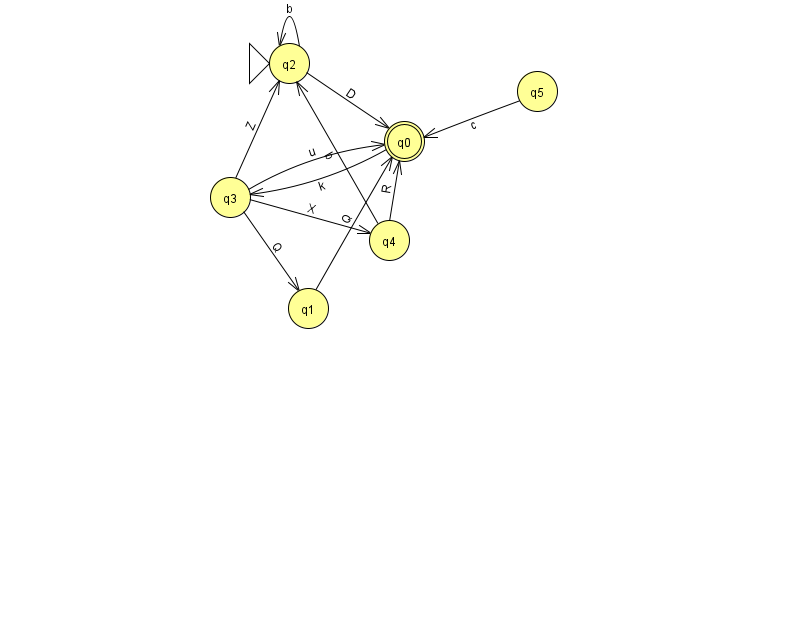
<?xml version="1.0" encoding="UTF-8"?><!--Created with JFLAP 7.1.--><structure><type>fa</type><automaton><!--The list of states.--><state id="0" name="q0"><x>404.0</x><y>128.0</y><final/></state><state id="1" name="q1"><x>308.0</x><y>295.0</y></state><state id="2" name="q2"><x>289.0</x><y>50.0</y><initial/></state><state id="3" name="q3"><x>230.0</x><y>184.0</y></state><state id="4" name="q4"><x>389.0</x><y>227.0</y></state><state id="5" name="q5"><x>537.0</x><y>78.0</y></state><!--The list of transitions.--><transition><from>3</from><to>4</to><read>X</read></transition><transition><from>2</from><to>2</to><read>b</read></transition><transition><from>1</from><to>0</to><read>Q</read></transition><transition><from>0</from><to>3</to><read>k</read></transition><transition><from>4</from><to>0</to><read>R</read></transition><transition><from>5</from><to>0</to><read>c</read></transition><transition><from>3</from><to>0</to><read>u</read></transition><transition><from>3</from><to>1</to><read>Q</read></transition><transition><from>2</from><to>0</to><read>D</read></transition><transition><from>4</from><to>2</to><read>b</read></transition><transition><from>3</from><to>2</to><read>Z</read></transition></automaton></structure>